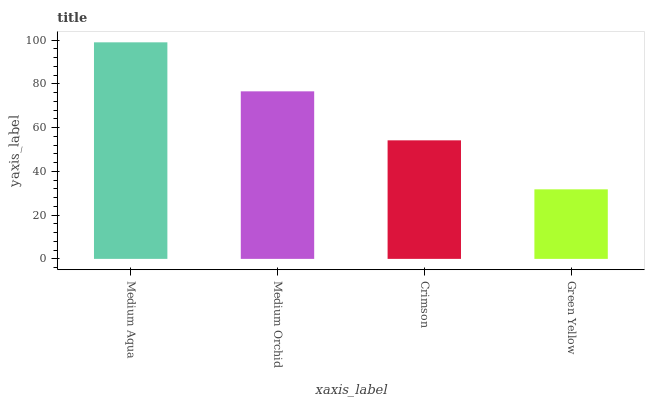
| xaxis_label | bars |
 | --- | --- |
 | Medium Aqua | 99 |
 | Medium Orchid | 76.6 |
 | Crimson | 54.2 |
 | Green Yellow | 31.8 |